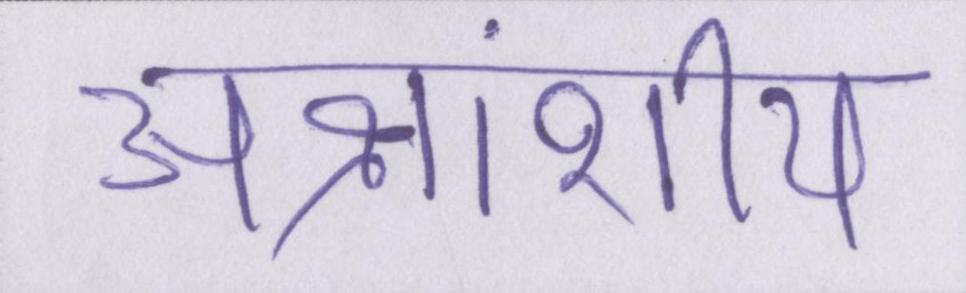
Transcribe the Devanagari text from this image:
अक्षांशीय